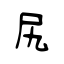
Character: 尻